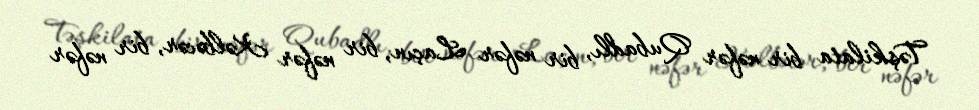
Təşkilata bir nəfər Qubadlı, bir nəfər Laçın, bir nəfər Kəlbəcər, bir nəfər